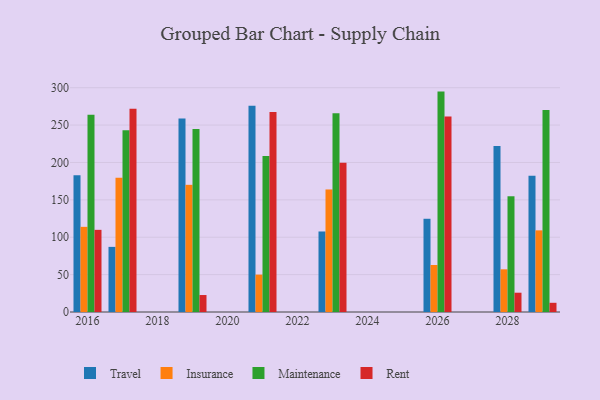
{"axis": {"x": "Year", "y": "Inventory Turnover"}, "legend": ["Insurance", "Maintenance", "Rent", "Travel"], "data": [{"x": "2017", "y": 87.1, "type": "Travel"}, {"x": "2017", "y": 179.6, "type": "Insurance"}, {"x": "2017", "y": 243.0, "type": "Maintenance"}, {"x": "2017", "y": 271.7, "type": "Rent"}, {"x": "2028", "y": 222.1, "type": "Travel"}, {"x": "2028", "y": 57.1, "type": "Insurance"}, {"x": "2028", "y": 154.8, "type": "Maintenance"}, {"x": "2028", "y": 25.8, "type": "Rent"}, {"x": "2016", "y": 183.0, "type": "Travel"}, {"x": "2016", "y": 113.9, "type": "Insurance"}, {"x": "2016", "y": 263.9, "type": "Maintenance"}, {"x": "2016", "y": 109.9, "type": "Rent"}, {"x": "2026", "y": 124.7, "type": "Travel"}, {"x": "2026", "y": 62.9, "type": "Insurance"}, {"x": "2026", "y": 294.8, "type": "Maintenance"}, {"x": "2026", "y": 261.4, "type": "Rent"}, {"x": "2029", "y": 182.3, "type": "Travel"}, {"x": "2029", "y": 109.2, "type": "Insurance"}, {"x": "2029", "y": 270.2, "type": "Maintenance"}, {"x": "2029", "y": 12.3, "type": "Rent"}, {"x": "2021", "y": 275.9, "type": "Travel"}, {"x": "2021", "y": 50.0, "type": "Insurance"}, {"x": "2021", "y": 208.7, "type": "Maintenance"}, {"x": "2021", "y": 267.5, "type": "Rent"}, {"x": "2019", "y": 258.9, "type": "Travel"}, {"x": "2019", "y": 170.1, "type": "Insurance"}, {"x": "2019", "y": 244.9, "type": "Maintenance"}, {"x": "2019", "y": 22.7, "type": "Rent"}, {"x": "2023", "y": 107.7, "type": "Travel"}, {"x": "2023", "y": 163.9, "type": "Insurance"}, {"x": "2023", "y": 266.0, "type": "Maintenance"}, {"x": "2023", "y": 199.6, "type": "Rent"}]}